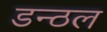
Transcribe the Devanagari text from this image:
डन्ठल